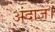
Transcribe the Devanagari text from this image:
अंदाज।